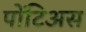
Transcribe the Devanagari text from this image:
पोंटिअस